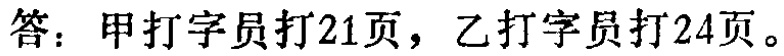
答：甲打字员打21页，乙打字员打24页。